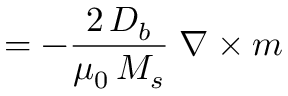
= - \frac { 2 \, D _ { b } } { \mu _ { 0 } \, M _ { s } } \; \nabla \times \boldsymbol { m }